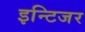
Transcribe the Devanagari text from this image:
इन्टिजर